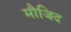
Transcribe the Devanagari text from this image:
मौजिद